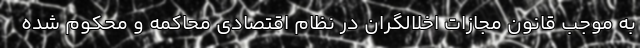
به موجب قانون مجازات اخلالگران در نظام اقتصادی محاکمه و محکوم شده